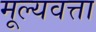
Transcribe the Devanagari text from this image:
मूल्यवत्ता